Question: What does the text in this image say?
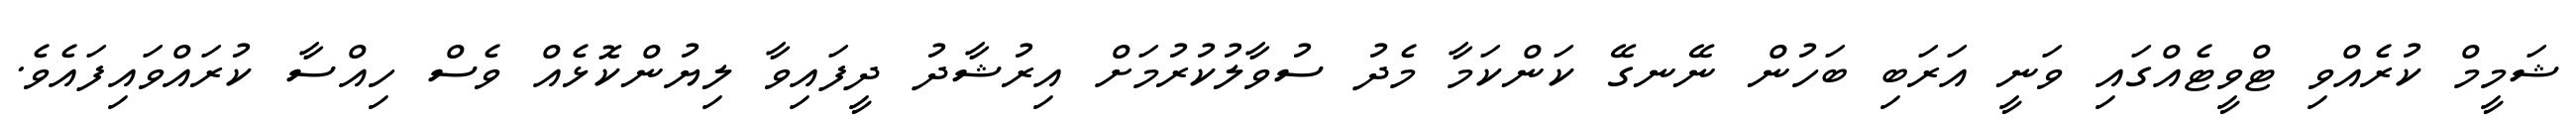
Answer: ޝަމީމް ކުރެއްވި ޓްވީޓެއްގައި ވަނީ އަރަބި ބަހުން ނޭނގޭ ކަންކަމާ މެދު ސުވާލުކުރުމަށް އިރުޝާދު ދީފައިވާ ލިޔުންކޮޅެއް ވެސް ހިއްސާ ކުރައްވައިފައެވެ.